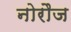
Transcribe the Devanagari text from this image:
नोरौज